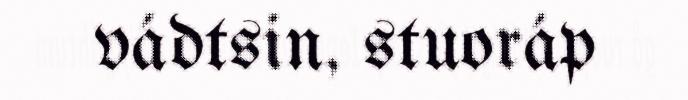
vádtsin, stuoráp